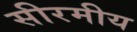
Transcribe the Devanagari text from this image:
सीरमीय